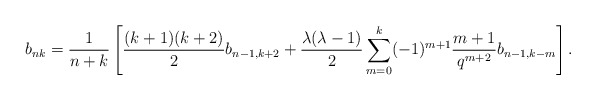
\begin{align*} b_{nk}=\frac{1}{n+k} \left[\frac{(k+1)(k+2)}{2} b_{n-1, k+2} + \frac{\lambda (\lambda -1)}{2} \sum_{m=0}^k (-1)^{m+1} \frac{m+1}{q^{m+2}} b_{n-1, k-m} \right].\end{align*}